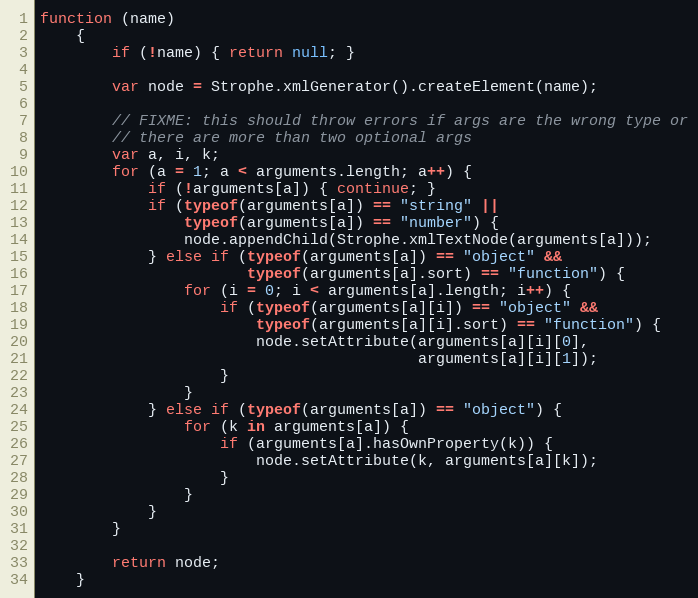
Language: JavaScript
function (name)
    {
        if (!name) { return null; }

        var node = Strophe.xmlGenerator().createElement(name);

        // FIXME: this should throw errors if args are the wrong type or
        // there are more than two optional args
        var a, i, k;
        for (a = 1; a < arguments.length; a++) {
            if (!arguments[a]) { continue; }
            if (typeof(arguments[a]) == "string" ||
                typeof(arguments[a]) == "number") {
                node.appendChild(Strophe.xmlTextNode(arguments[a]));
            } else if (typeof(arguments[a]) == "object" &&
                       typeof(arguments[a].sort) == "function") {
                for (i = 0; i < arguments[a].length; i++) {
                    if (typeof(arguments[a][i]) == "object" &&
                        typeof(arguments[a][i].sort) == "function") {
                        node.setAttribute(arguments[a][i][0],
                                          arguments[a][i][1]);
                    }
                }
            } else if (typeof(arguments[a]) == "object") {
                for (k in arguments[a]) {
                    if (arguments[a].hasOwnProperty(k)) {
                        node.setAttribute(k, arguments[a][k]);
                    }
                }
            }
        }

        return node;
    }